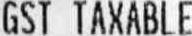
GST TAXABLE